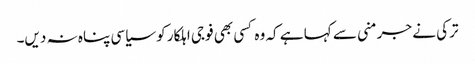
ترکی نے جرمنی سے کہا ہے کہ وہ کسی بھی فوجی اہلکار کو سیاسی پناہ نہ دیں۔